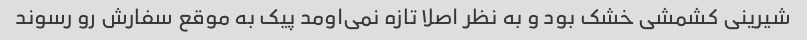
شیرینی کشمشی خشک بود و به نظر اصلا تازه نمی‌اومد پیک به موقع سفارش رو رسوند